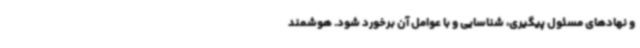
و نهادهای مسئول پیگیری، شناسایی و با عوامل آن برخورد شود. هوشمند